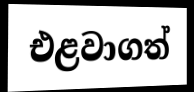
එළවාගත්